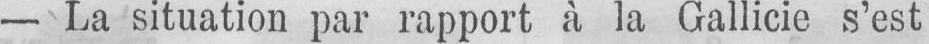
- La situation par rapport à la Gallicie s’est